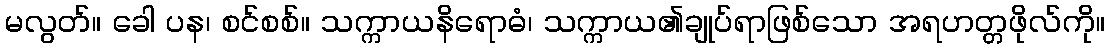
မလွတ်။ ခေါ ပန၊ စင်စစ်။ သက္ကာယနိရောဓံ၊ သက္ကာယ၏ချုပ်ရာဖြစ်သော အရဟတ္တဖိုလ်ကို။